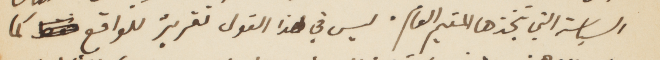
السياسة التي يتخذها المقيم العام. ليس في هذا القول تقرير للواقع كما